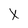
Character: X